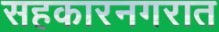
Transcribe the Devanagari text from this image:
सहकारनगरात